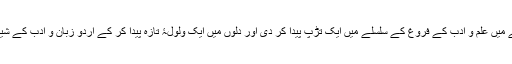
ڈاکٹر نثار احمد قریشی نے اس علاقے میں علم و ادب کے فروغ کے سلسلے میں ایک تڑپ پیدا کر دی اور دلوں میں ایک ولولۂ تازہ پیدا کر کے اردو زبان و ادب کے شیدائیوں میں ایک نئی روح پھونک دی۔